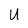
Character: U